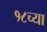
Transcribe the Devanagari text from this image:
१८च्या